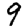
Digit: 9